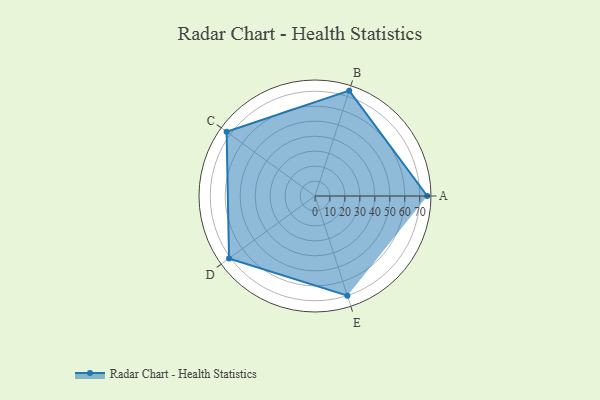
{"axis": {"x": "Skill", "y": "Score"}, "legend": ["Profile"], "data": [{"x": "A", "y": 75.0, "type": "Profile"}, {"x": "B", "y": 74.0, "type": "Profile"}, {"x": "C", "y": 73.0, "type": "Profile"}, {"x": "D", "y": 71.0, "type": "Profile"}, {"x": "E", "y": 70.0, "type": "Profile"}]}